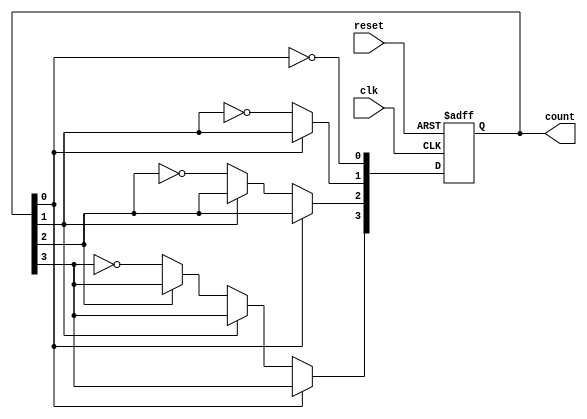
module async_ripple_counter (
    input wire clk,          // Clock input
    input wire reset,        // Asynchronous reset input
    output reg [N-1:0] count // Counter output (N bits)
);
    parameter N = 4; // Number of bits in the counter

    // Flip-flop behavior
    always @(posedge clk or posedge reset) begin
        if (reset) begin
            count <= 0; // Reset the counter to 0
        end else begin
            count[0] <= ~count[0]; // Toggle LSB
            if (count[0] == 1'b0) begin // If LSB goes from 1 to 0
                count[1] <= ~count[1]; // Toggle next bit
                if (count[1] == 1'b0) begin // If second bit goes from 1 to 0
                    count[2] <= ~count[2]; // Toggle third bit
                    if (count[2] == 1'b0) begin // If third bit goes from 1 to 0
                        count[3] <= ~count[3]; // Toggle fourth bit
                        // Continue for additional bits if N > 4
                    end
                end
            end
        end
    end
endmodule